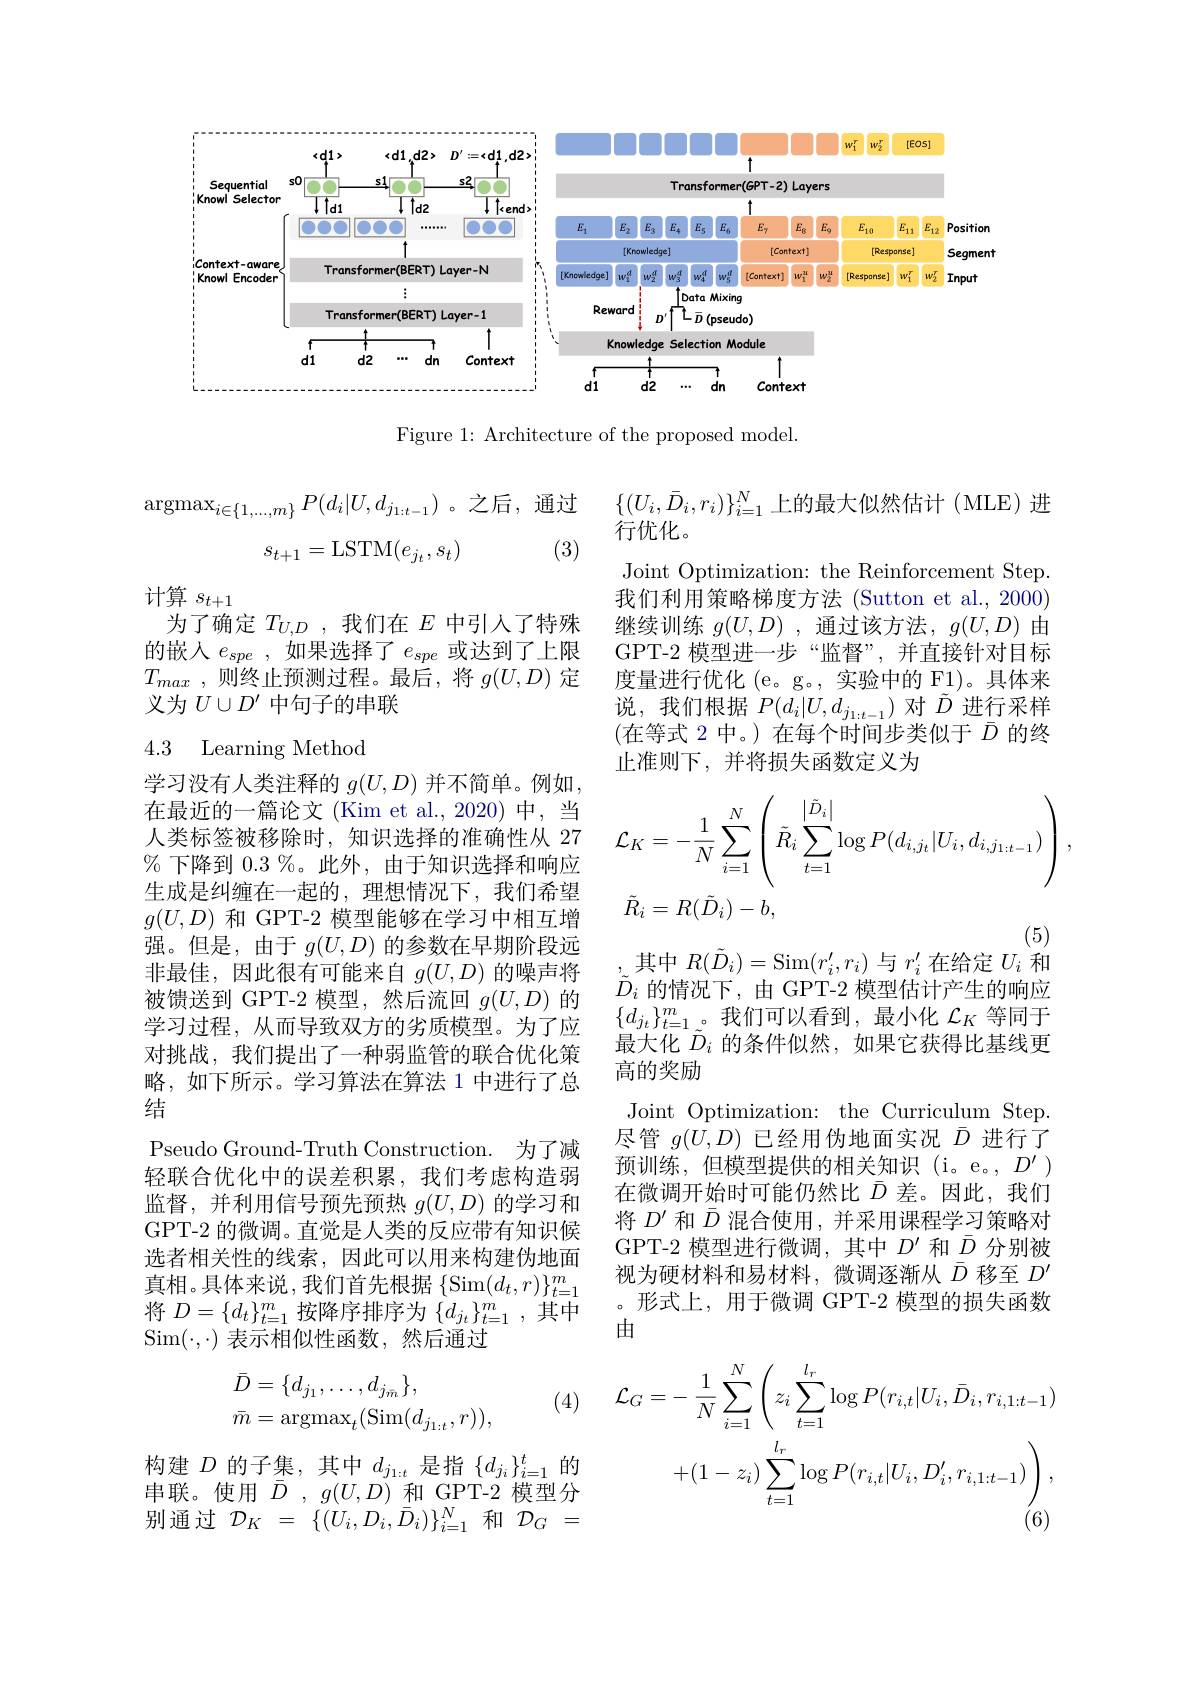
<FigureHere>

Figure 1: Architecture of the proposed model.
$$s_{t+1}=\mathrm{LSTM}(e_{j_t},s_t)$$
$\{(U_i,\bar{D}_i,r_i)\}_{i=1}^N$上的最大似然估计(MLE)进
行优化。
Joint Optimization: the Reinforcement Step. 我们利用策略梯度方法 (Sutton et al., 2000) 继续训练$g(U,D)$ ,通过该方法，$g(U,D)$由GPT-2 模型进一步“监督”,并直接针对目标度量进行优化 (e。g。,实验中的 F1)。具体来说，我们根据$P(d_i|U,d_{j_{1:t-1}})$对$\tilde{D}^{\prime}$进行采样(在等式 2 中。)在每个时间步类似于 $\bar{D}$ 的终止准则下，并将损失函数定义为

计算$s_{t+1}$
为了确定$T_{U,D}$ ,我们在$E$中引入了特殊的嵌入$e_{spe}$,如果选择了$e_{spe}$或达到了上限$T_{max}$ , $\dot {\text{则 终 止 预 测 过 程 。最 后 , 将 }g}( U, D)$定义为$U\cup D^{\prime}$中句子的串联

### 4.3 Learning Method
$$\begin{aligned}&\mathcal{L}_{K}=-\frac{1}{N}\sum_{i=1}^{N}\left(\tilde{R}_{i}\sum_{t=1}^{\left|\tilde{D}_{i}\right|}\log P(d_{i,j_{t}}|U_{i},d_{i,j_{1:t-1}})\right),\\&\tilde{R}_{i}=R(\tilde{D}_{i})-b,\end{aligned}$$
其中$R(\tilde{D}_i)=$Sim$(r_i^\prime,r_i)$与$r_i^\prime$在给定$U_i$和$\tilde{D}_i$的情况下，由 GPT-2 模型估计产生的响应$\{d_{j_t}\}_{t=1}^m$。我们可以看到，最小化$\mathcal{L}_K$等同于最大化$\tilde{D}_i$的条件似然，如果它获得比基线更高的奖励
Joint Optimization: the Curriculum Step. 尽管$g(U,D)$已经用伪地面实况$\bar{D}$进行了预训练，但模型提供的相关知识(i。e。$D^\prime)$ 在微调开始时可能仍然比$\bar{D}$差。因此，我们将$D^{\prime}$和$\bar{D}$混合使用，并采用课程学习策略对GPT-2 模型进行微调，其中$D^\prime$和$\bar{D}$分别被视为硬材料和易材料，微调逐渐从$\bar{D}$移至$D^\prime$ 。形式上，用于微调 GPT-2 模型的损失函数由
$$\begin{aligned}\mathcal{L}_{G}&=-\:\frac{1}{N}\sum_{i=1}^{N}\left(z_{i}\sum_{t=1}^{l_{r}}\log P(r_{i,t}|U_{i},\bar{D}_{i},r_{i,1:t-1})\right.\\&+(1-z_{i})\sum_{t=1}^{l_{r}}\log P(r_{i,t}|U_{i},D_{i}^{\prime},r_{i,1:t-1})\Bigg),\end{aligned}$$
学习没有人类注释的$g(U,D)$并不简单。例如在最近的一篇论文 (Kim et al.,2020) 中，当人类标签被移除时，知识选择的准确性从 27 % 下降到$0.3\%$。此外，由于知识选择和响应生成是纠缠在一起的，理想情况下，我们希望$g(U,D)$和 GPT-2 模型能够在学习中相互增强。但是，由于$g(U,D)$的参数在早期阶段远非最佳，因此很有可能来自$g(U,D)$的噪声将被馈送到 GPT-2 模型，然后流回$g(U,D)$的学习过程，从而导致双方的劣质模型。为了应对挑战，我们提出了一种弱监管的联合优化策略，如下所示。学习算法在算法 1 中进行了总结
Pseudo Ground-Truth Construction. 为了减轻联合优化中的误差积累，我们考虑构造弱监督，并利用信号预先预热$g(U,D)$的学习和GPT-2 的微调。直觉是人类的反应带有知识候选者相关性的线索，因此可以用来构建伪地面真相。具体来说，我们首先根据$\{\operatorname{Sim}(d_t,r)\}_t=1^m$ 将$D=\{d_t\}_{t=1}^m$按降序排序为$\{d_j_t\}_{t=1}^m$,其中Sim$(\cdot,\cdot)$表示相似性函数，然后通过
$$\begin{aligned}\bar D&=\{d_{j_1},\ldots,d_{j_{\bar m}}\},\\\bar m&=\operatorname{argmax}_t(\operatorname{Sim}(d_{j_{1:t}},r)),\end{aligned}$$
(4)

构建$D$的子集，其中$d_j_{1:t}$是指$\{d_j_i\}_{i=1}^t$的串联。使用$\bar{D},g(U,D)$和 GPT-2 模型分别通过$\mathcal{D}_K~=~\{(U_i,D_i,\bar{\bar{D}}_i)\}_{i=1}^N$和$\mathcal{D}_G~=$